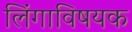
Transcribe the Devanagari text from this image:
लिंगाविषयक